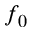
f _ { 0 }